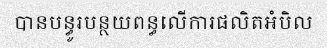
បានបន្ធូរបន្ថយពន្ធលើការផលិតអំបិល